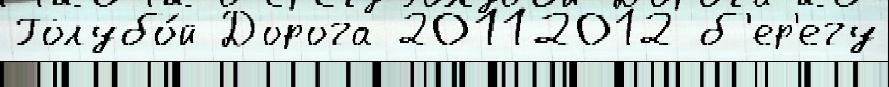
Голубо́й Дорога 20112012 б'ер'егу